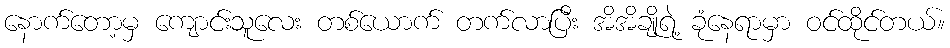
နောက်တော့မှ ကျောင်းသူလေး တစ်ယောက် တက်လာပြီး အိအိချိုရဲ့ ခုံနေရာမှာ ဝင်ထိုင်တယ်။